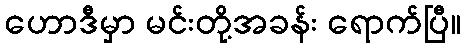
ဟောဒီမှာ မင်းတို့အခန်း ရောက်ပြီ။